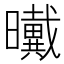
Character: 𰖺